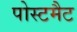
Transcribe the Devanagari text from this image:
पोस्टमैट